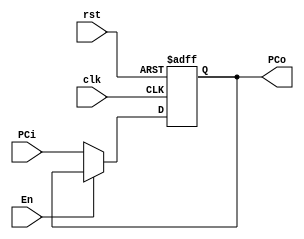
module PC(
    input wire clk,rst,En,
    input wire [31:0] PCi ,
    output reg [31:0] PCo
);

    always @(posedge clk, negedge rst) begin
        if(!rst)
            PCo <= 32'b0;
        else if(!En)
            PCo <= PCi;
    end

endmodule